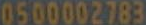
0500002783